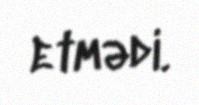
etmədi.